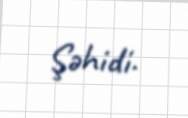
Şəhidi.